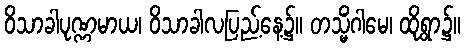
ဝိသာခါပုဏ္ဏမာယ၊ ဝိသာခါလပြည့်နေ့၌။ တသ္မိံဂါမေ၊ ထိုရွာ၌။